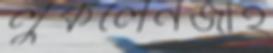
লুকলেনজাহ